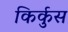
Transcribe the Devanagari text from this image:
किर्कुस